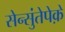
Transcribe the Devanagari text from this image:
सेन्सुंतेपेक़े